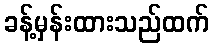
ခန့်မှန်းထားသည်ထက်